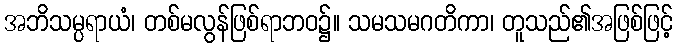
အဘိသမ္ပရာယံ၊ တစ်မလွန်ဖြစ်ရာဘဝ၌။ သမသမဂတိကာ၊ တူသည်၏အဖြစ်ဖြင့်